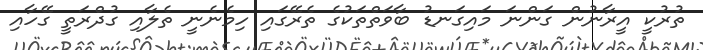
ތުރުކީ އީރާނުން ގަންނަ މައިގަނޑު ބާވަތްތަކުގެ ތެރޭގައި ހިމެނެނީ ތެލާއި ގުދްރަތީ ގޭހާއި